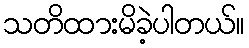
သတိထားမိခဲ့ပါတယ်။